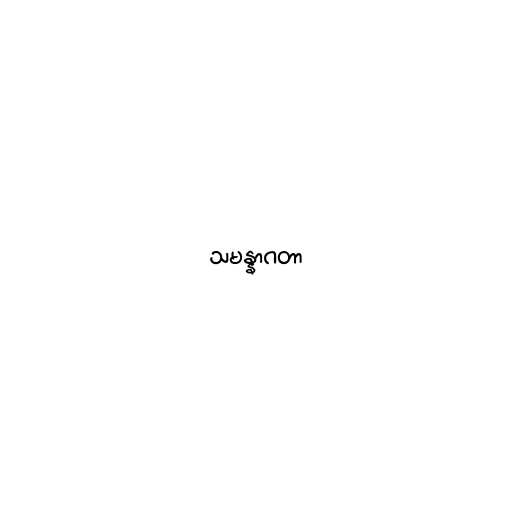
သမန္နာဂတာ